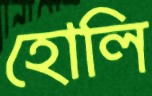
হোলি